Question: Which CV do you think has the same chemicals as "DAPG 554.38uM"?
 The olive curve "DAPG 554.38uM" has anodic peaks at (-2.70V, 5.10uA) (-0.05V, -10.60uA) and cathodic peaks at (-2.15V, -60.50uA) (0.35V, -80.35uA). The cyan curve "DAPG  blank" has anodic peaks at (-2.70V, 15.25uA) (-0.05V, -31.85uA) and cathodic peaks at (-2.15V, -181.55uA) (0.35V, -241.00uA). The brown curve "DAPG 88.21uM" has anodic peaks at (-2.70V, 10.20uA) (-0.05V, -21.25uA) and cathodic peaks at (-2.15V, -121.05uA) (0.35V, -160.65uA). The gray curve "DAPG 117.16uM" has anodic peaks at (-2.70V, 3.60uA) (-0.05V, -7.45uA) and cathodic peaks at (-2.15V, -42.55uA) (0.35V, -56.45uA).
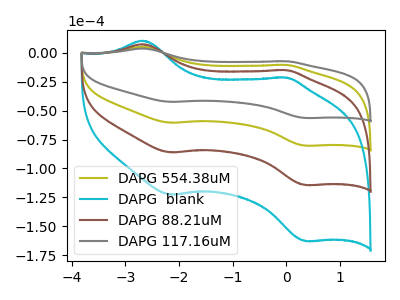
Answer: <think>All the peaks in "DAPG 554.38uM" have a peak in "DAPG  blank" at the same potential. All the peaks in "DAPG 554.38uM" have a peak in "DAPG 88.21uM" at the same potential. All the peaks in "DAPG 554.38uM" have a peak in "DAPG 117.16uM" at the same potential. All the peaks in "DAPG  blank" have a peak in "DAPG 88.21uM" at the same potential. All the peaks in "DAPG  blank" have a peak in "DAPG 117.16uM" at the same potential. All the peaks in "DAPG 88.21uM" have a peak in "DAPG 117.16uM" at the same potential.
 </think>
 <answer>"DAPG 554.38uM", "DAPG  blank" and "DAPG 88.21uM" have a similar shape to "DAPG 117.16uM".</answer>
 <eval>"DAPG 554.38uM" "DAPG  blank" "DAPG 88.21uM"</eval>